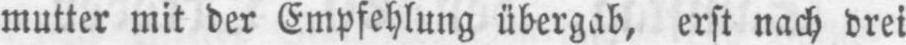
mutter mit der Empfehlung übergab, erst nach drei